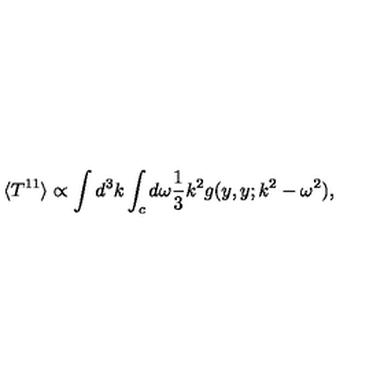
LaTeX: \langle T ^ { 1 1 } \rangle \propto \int d ^ { 3 } k \int _ { c } d \omega { \frac { 1 } { 3 } } k ^ { 2 } g ( y , y ; k ^ { 2 } - \omega ^ { 2 } ) ,